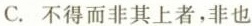
C.不得而非其上者，非也